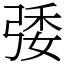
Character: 㢻